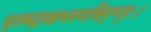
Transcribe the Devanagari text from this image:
धृतरुद्राक्षभस्मत्रिपुण्ड्रः।